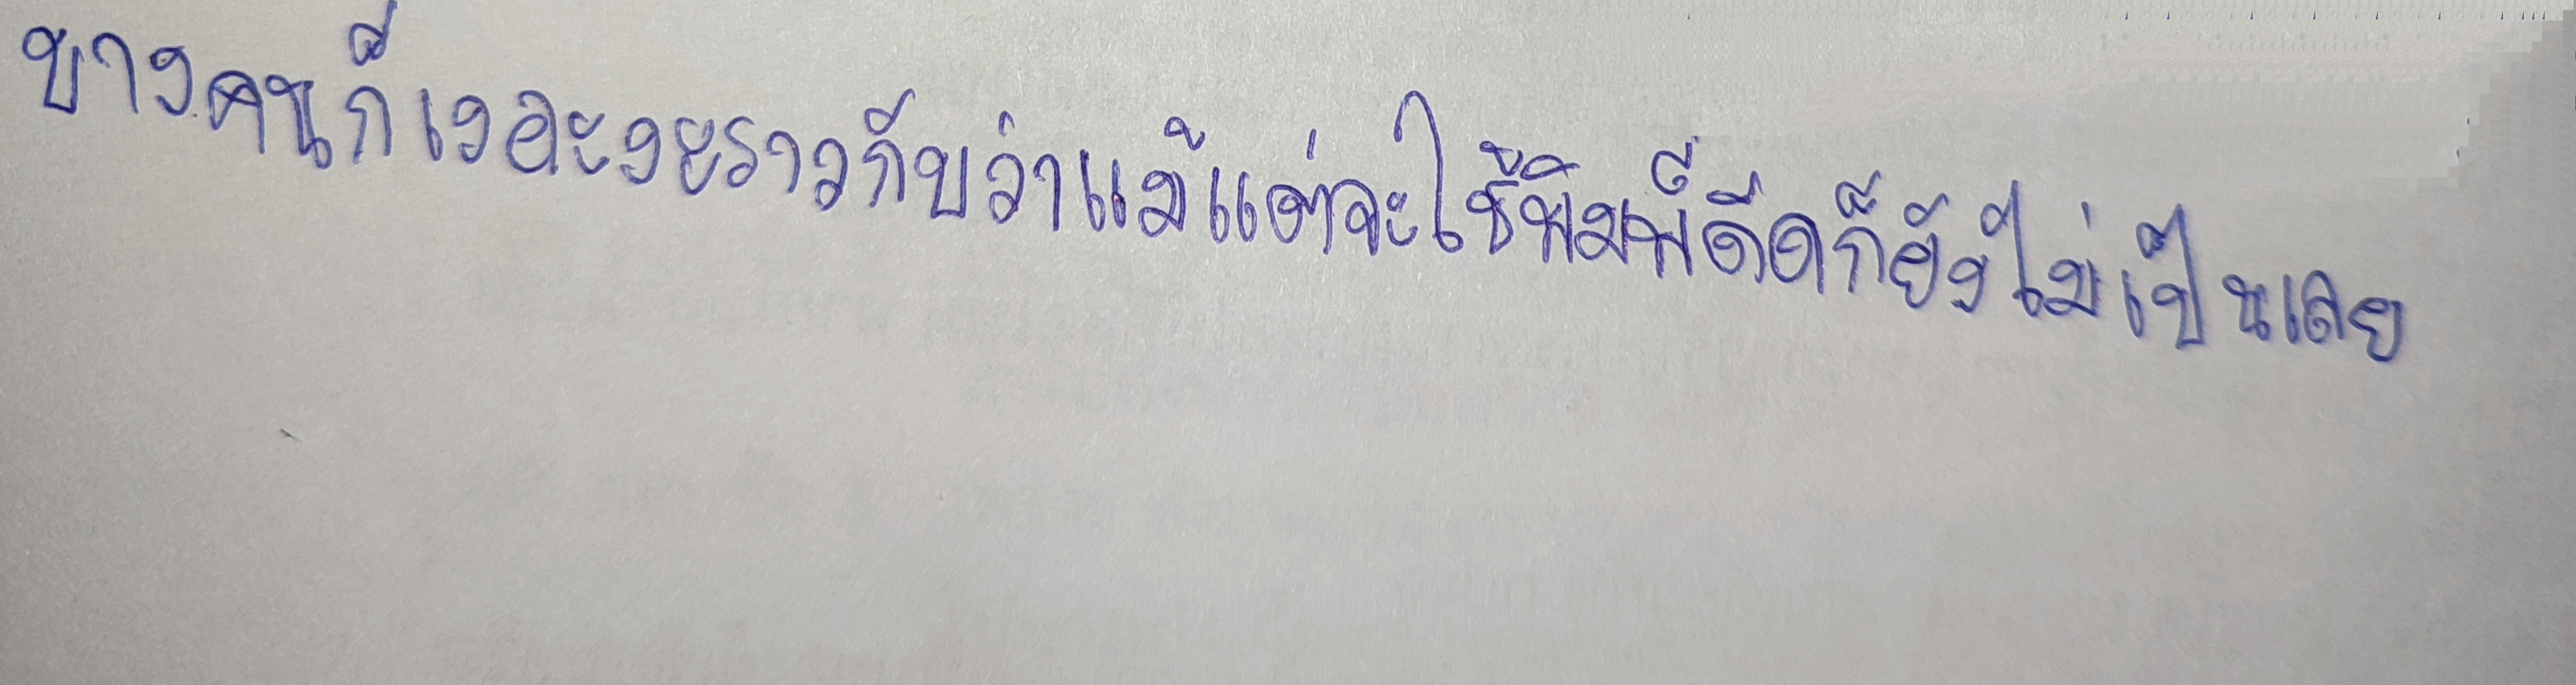
บางคนก็เงอะงะราวกับว่าแม้แต่จะใช้พิมพ์ดีดก็ยังไม่เป็นเลย